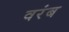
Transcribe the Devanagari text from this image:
वरंब